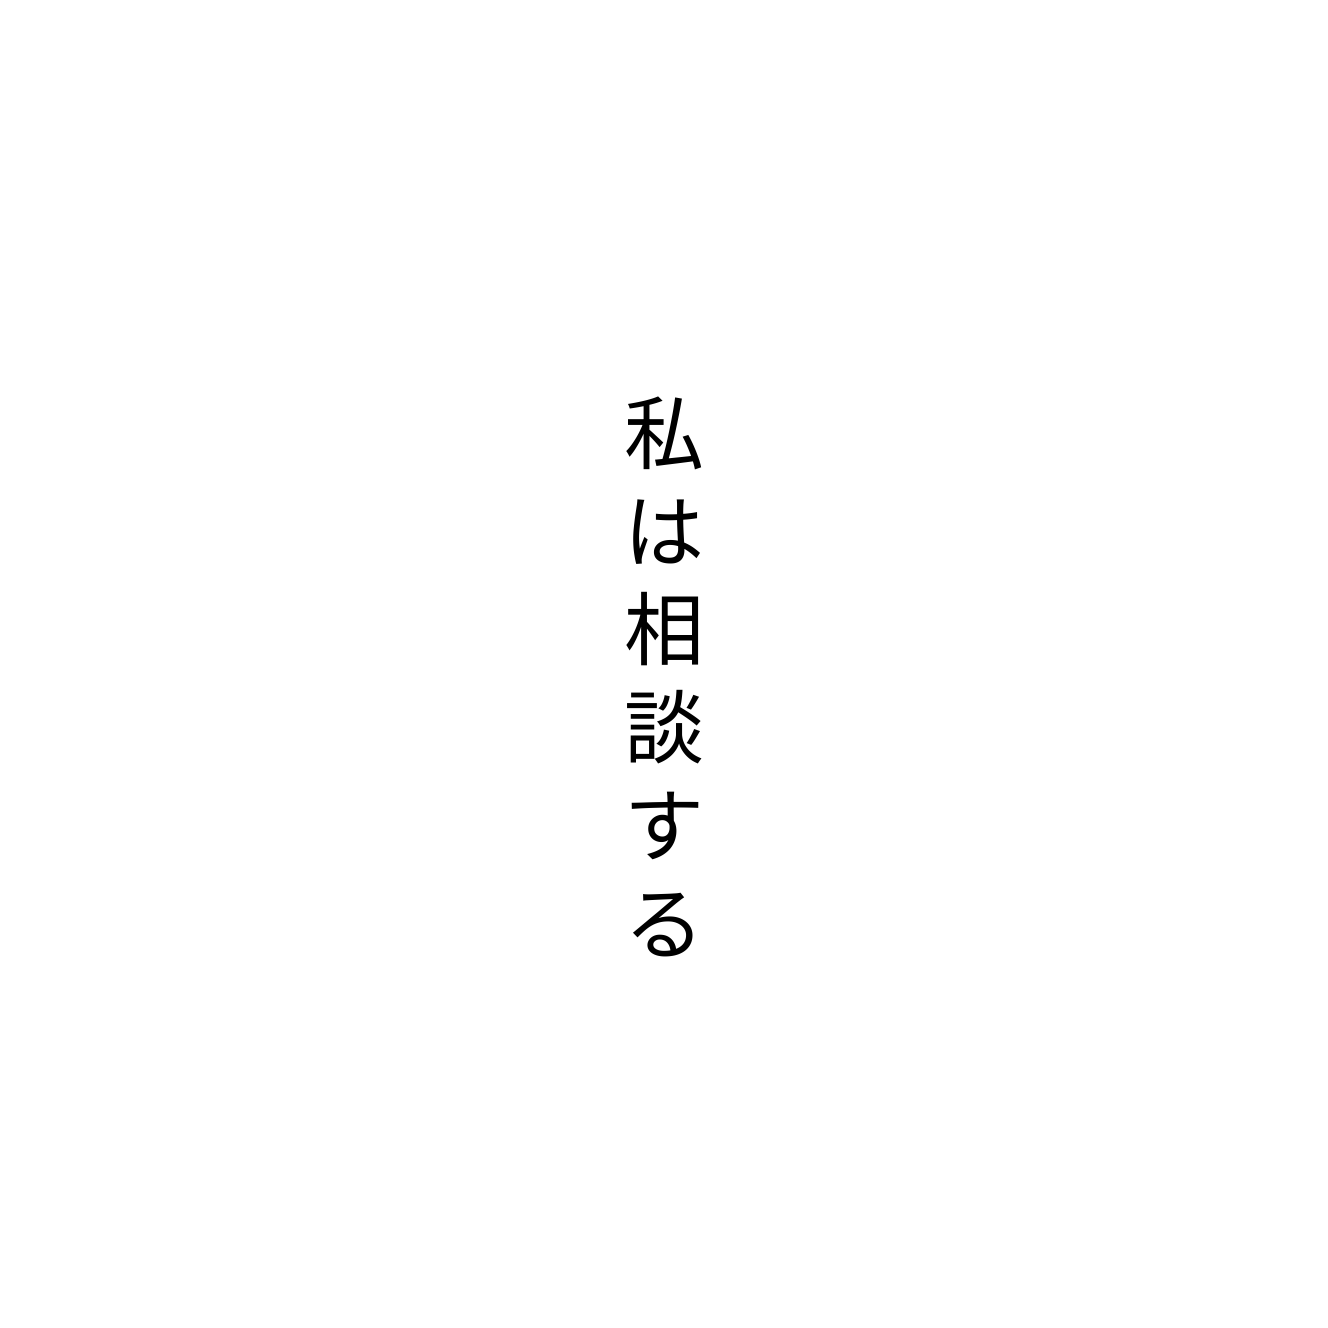
私は相談する